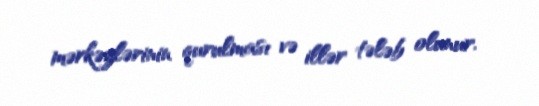
mərkəzlərinin qurulması və illər tələb olunur.